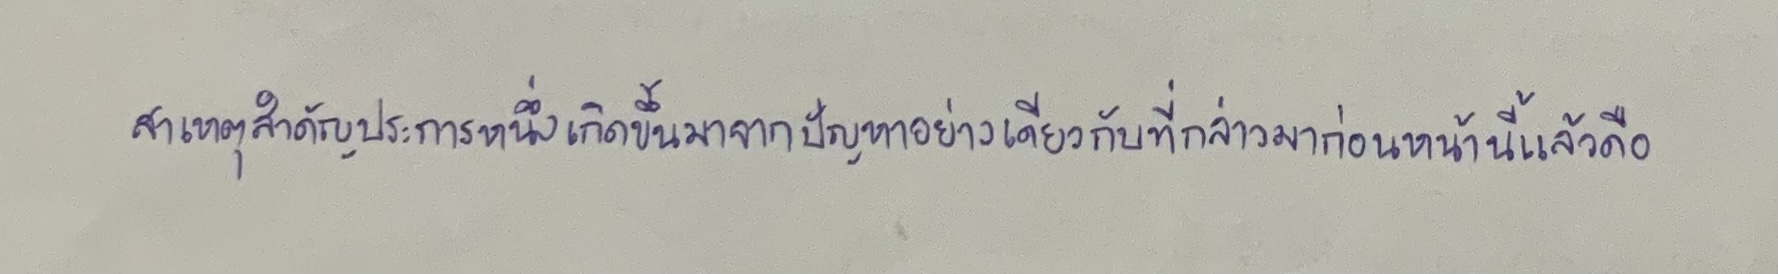
สาเหตุสำคัญประการหนึ่งเกิดขึ้นมาจากปัญหาอย่างเดียวกับที่กล่าวมาก่อนหน้านี้แล้วคือ